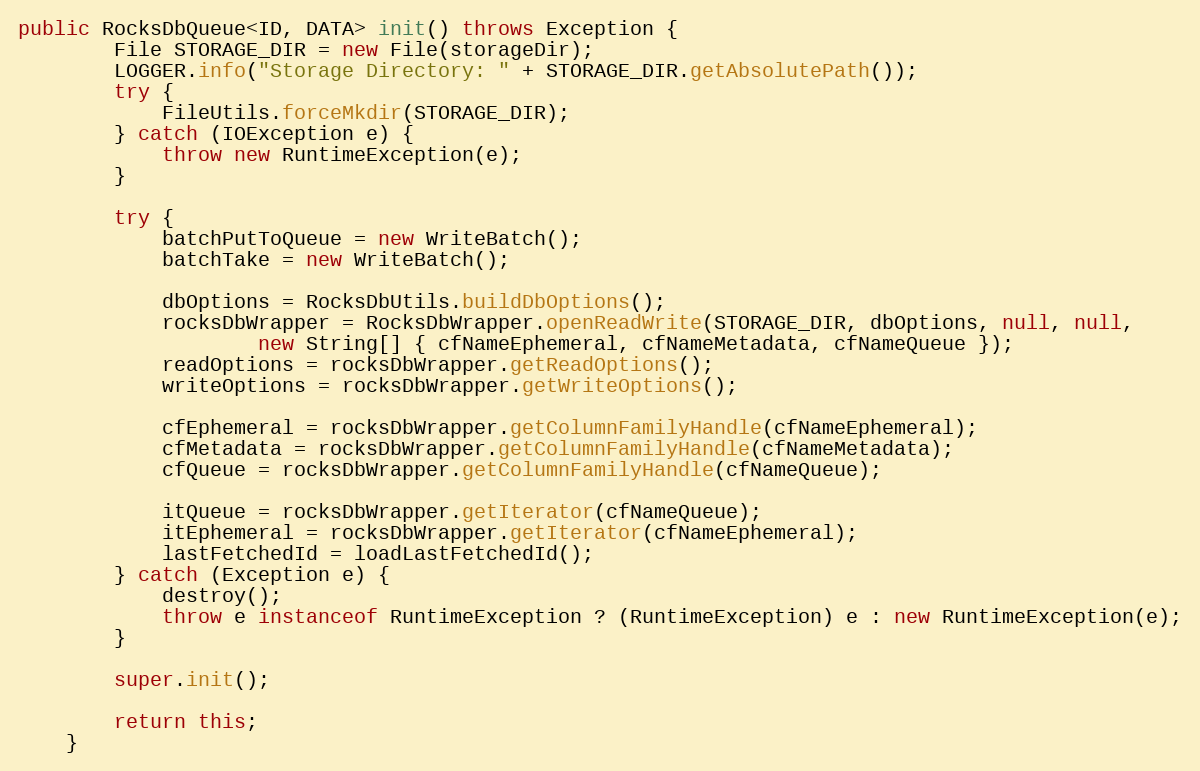
Language: Java
public RocksDbQueue<ID, DATA> init() throws Exception {
        File STORAGE_DIR = new File(storageDir);
        LOGGER.info("Storage Directory: " + STORAGE_DIR.getAbsolutePath());
        try {
            FileUtils.forceMkdir(STORAGE_DIR);
        } catch (IOException e) {
            throw new RuntimeException(e);
        }

        try {
            batchPutToQueue = new WriteBatch();
            batchTake = new WriteBatch();

            dbOptions = RocksDbUtils.buildDbOptions();
            rocksDbWrapper = RocksDbWrapper.openReadWrite(STORAGE_DIR, dbOptions, null, null,
                    new String[] { cfNameEphemeral, cfNameMetadata, cfNameQueue });
            readOptions = rocksDbWrapper.getReadOptions();
            writeOptions = rocksDbWrapper.getWriteOptions();

            cfEphemeral = rocksDbWrapper.getColumnFamilyHandle(cfNameEphemeral);
            cfMetadata = rocksDbWrapper.getColumnFamilyHandle(cfNameMetadata);
            cfQueue = rocksDbWrapper.getColumnFamilyHandle(cfNameQueue);

            itQueue = rocksDbWrapper.getIterator(cfNameQueue);
            itEphemeral = rocksDbWrapper.getIterator(cfNameEphemeral);
            lastFetchedId = loadLastFetchedId();
        } catch (Exception e) {
            destroy();
            throw e instanceof RuntimeException ? (RuntimeException) e : new RuntimeException(e);
        }

        super.init();

        return this;
    }